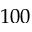
1 0 0